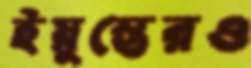
ইয়ুস্তেরও